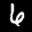
Label: 6